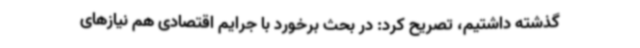
گذشته داشتیم، تصریح کرد: در بحث برخورد با جرایم اقتصادی هم نیازهای